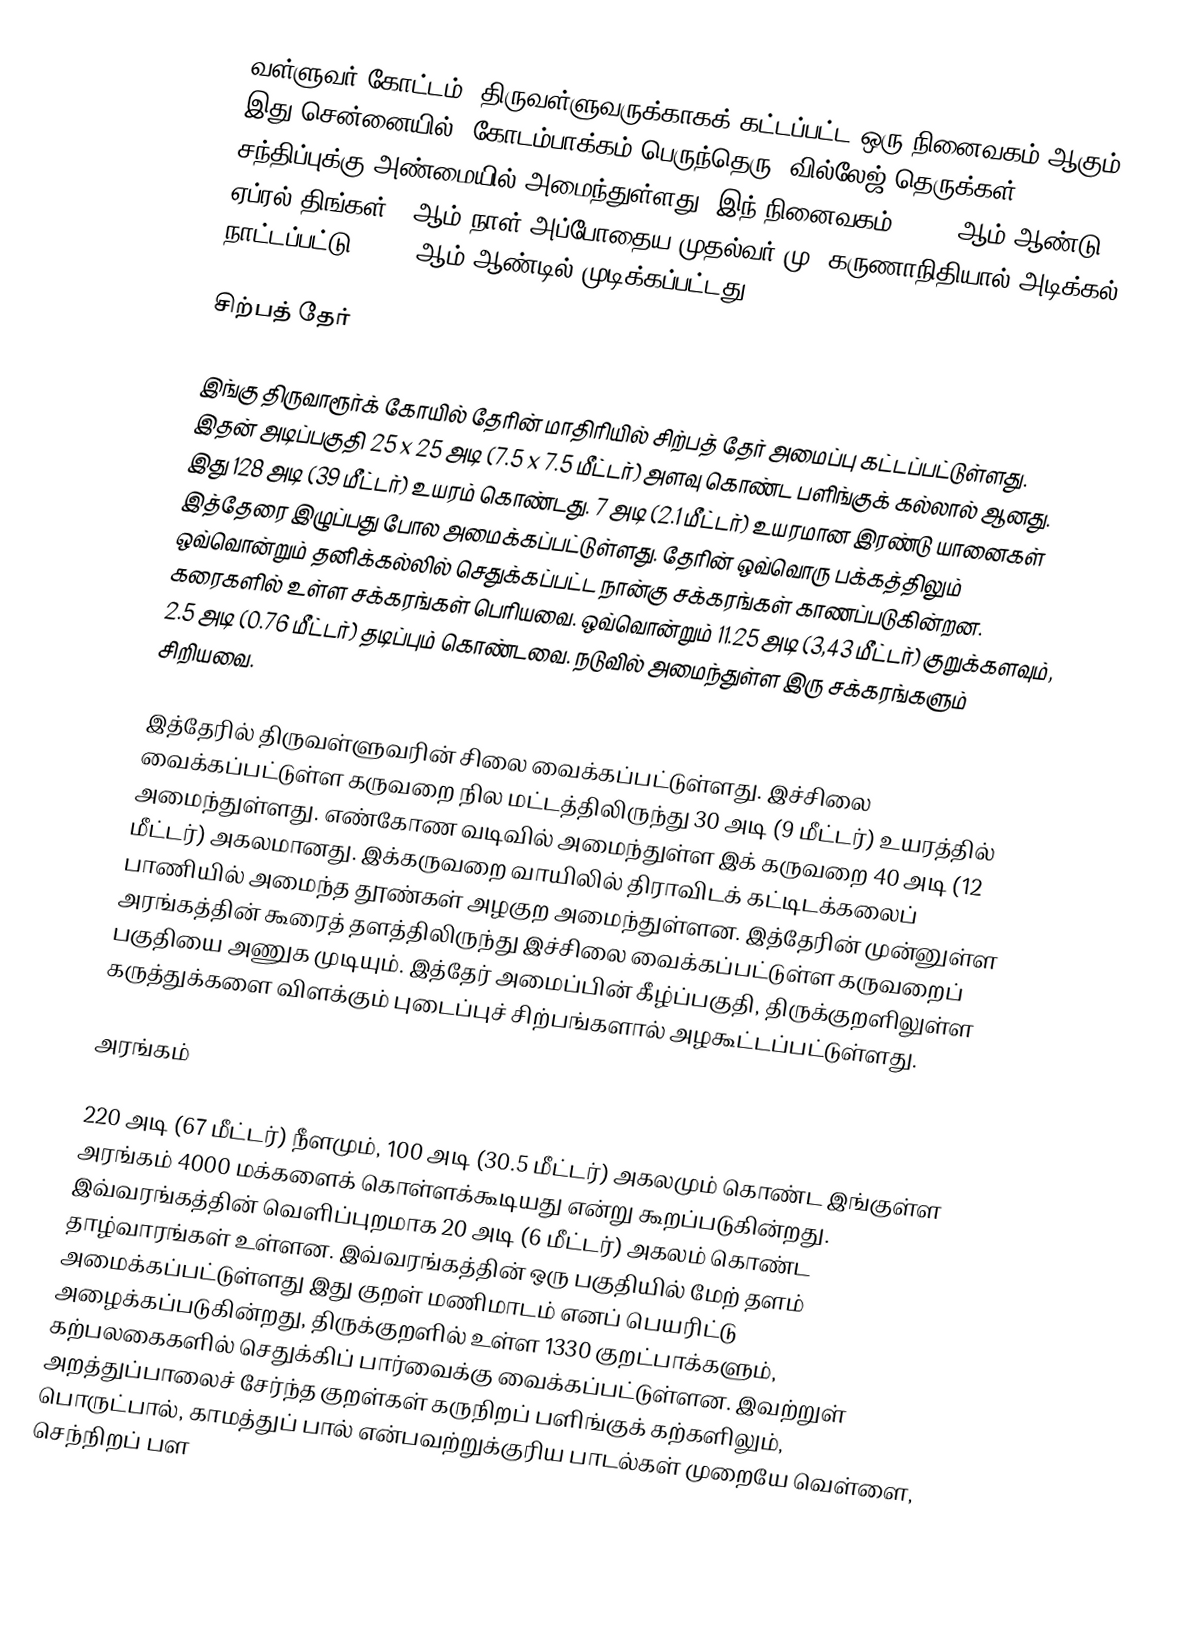
வள்ளுவர் கோட்டம், திருவள்ளுவருக்காகக் கட்டப்பட்ட ஒரு நினைவகம் ஆகும். இது சென்னையில், கோடம்பாக்கம் பெருந்தெரு, வில்லேஜ் தெருக்கள் சந்திப்புக்கு அண்மையில் அமைந்துள்ளது. இந் நினைவகம், 1973 ஆம் ஆண்டு ஏப்ரல் திங்கள் 27ஆம் நாள் அப்போதைய முதல்வர் மு. கருணாநிதியால் அடிக்கல் நாட்டப்பட்டு, 1976 ஆம் ஆண்டில் முடிக்கப்பட்டது.

சிற்பத் தேர்

இங்கு திருவாரூர்க் கோயில் தேரின் மாதிரியில் சிற்பத் தேர் அமைப்பு கட்டப்பட்டுள்ளது. இதன் அடிப்பகுதி 25 x 25 அடி (7.5 x 7.5 மீட்டர்) அளவு கொண்ட பளிங்குக் கல்லால் ஆனது. இது 128 அடி (39 மீட்டர்) உயரம் கொண்டது. 7 அடி (2.1 மீட்டர்) உயரமான இரண்டு யானைகள் இத்தேரை இழுப்பது போல அமைக்கப்பட்டுள்ளது. தேரின் ஒவ்வொரு பக்கத்திலும் ஒவ்வொன்றும் தனிக்கல்லில் செதுக்கப்பட்ட நான்கு சக்கரங்கள் காணப்படுகின்றன. கரைகளில் உள்ள சக்கரங்கள் பெரியவை. ஒவ்வொன்றும் 11.25 அடி (3,43 மீட்டர்) குறுக்களவும், 2.5 அடி (0.76 மீட்டர்) தடிப்பும் கொண்டவை. நடுவில் அமைந்துள்ள இரு சக்கரங்களும் சிறியவை.

இத்தேரில் திருவள்ளுவரின் சிலை வைக்கப்பட்டுள்ளது. இச்சிலை வைக்கப்பட்டுள்ள கருவறை நில மட்டத்திலிருந்து 30 அடி (9 மீட்டர்) உயரத்தில் அமைந்துள்ளது. எண்கோண வடிவில் அமைந்துள்ள இக் கருவறை 40 அடி (12 மீட்டர்) அகலமானது. இக்கருவறை வாயிலில் திராவிடக் கட்டிடக்கலைப் பாணியில் அமைந்த தூண்கள் அழகுற அமைந்துள்ளன. இத்தேரின் முன்னுள்ள அரங்கத்தின் கூரைத் தளத்திலிருந்து இச்சிலை வைக்கப்பட்டுள்ள கருவறைப் பகுதியை அணுக முடியும். இத்தேர் அமைப்பின் கீழ்ப்பகுதி, திருக்குறளிலுள்ள கருத்துக்களை விளக்கும் புடைப்புச் சிற்பங்களால் அழகூட்டப்பட்டுள்ளது.

அரங்கம்

220 அடி (67 மீட்டர்) நீளமும், 100 அடி (30.5 மீட்டர்) அகலமும் கொண்ட இங்குள்ள அரங்கம் 4000 மக்களைக் கொள்ளக்கூடியது என்று கூறப்படுகின்றது. இவ்வரங்கத்தின் வெளிப்புறமாக 20 அடி (6 மீட்டர்) அகலம் கொண்ட தாழ்வாரங்கள் உள்ளன. இவ்வரங்கத்தின் ஒரு பகுதியில் மேற் தளம் அமைக்கப்பட்டுள்ளது இது குறள் மணிமாடம் எனப் பெயரிட்டு அழைக்கப்படுகின்றது, திருக்குறளில் உள்ள 1330 குறட்பாக்களும், கற்பலகைகளில் செதுக்கிப் பார்வைக்கு வைக்கப்பட்டுள்ளன. இவற்றுள் அறத்துப்பாலைச் சேர்ந்த குறள்கள் கருநிறப் பளிங்குக் கற்களிலும், பொருட்பால், காமத்துப் பால் என்பவற்றுக்குரிய பாடல்கள் முறையே வெள்ளை, செந்நிறப் பள